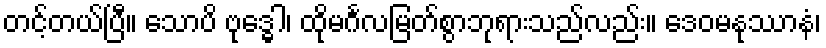
တင့်တယ်ပြီ။ သောပိ ဗုဒ္ဓေါ၊ ထိုမင်္ဂလမြတ်စွာဘုရားသည်လည်း။ ဒေဝမနုဿာနံ၊